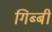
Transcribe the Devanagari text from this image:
गिब्बी